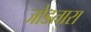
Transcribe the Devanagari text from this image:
जोडतारा